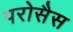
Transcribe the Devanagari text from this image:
परोसैस